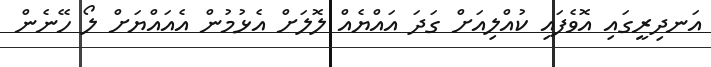
އަނދިރީގައި އޮވެފައި ކުއްލިއަށް ގަދަ އައްޔެއް ލޮލަށް އެޅުމުން އެއައްޔަށް ލޯ ހޭނެން